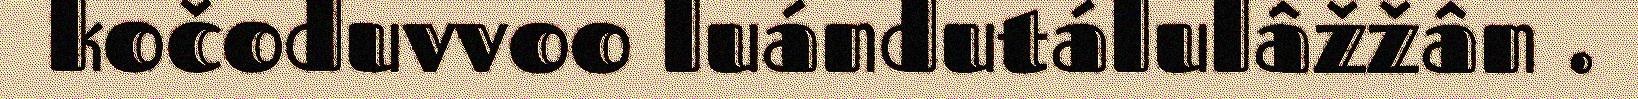
kočoduvvoo luándutálulâžžân .